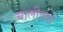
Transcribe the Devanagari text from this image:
बालीवाले